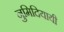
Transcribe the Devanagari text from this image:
नुमिदियायी